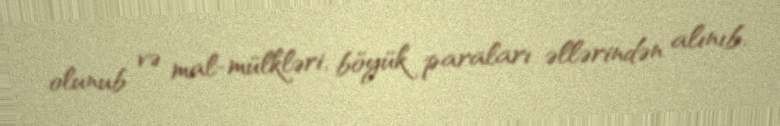
olunub və mal-mülkləri, böyük paraları əllərindən alınıb.